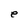
Character: e